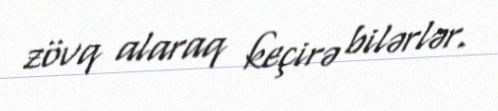
zövq alaraq keçirə bilərlər.